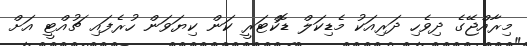
މިރާއްޖޭގެ ދިވެހި ދަރިއަކު މެޑިކަލް ޑޮކްޓަރީ ކަން ކިޔަވަން ހުރެފައި ޗުއްޓީ އަށް